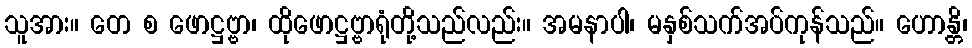
သူအား။ တေ စ ဖောဋ္ဌဗ္ဗာ၊ ထိုဖောဋ္ဌဗ္ဗာရုံတို့သည်လည်း။ အမနာပါ၊ မနှစ်သက်အပ်ကုန်သည်။ ဟောန္တိ၊